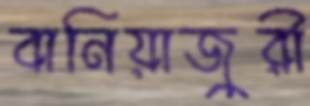
বানিয়াজুরী